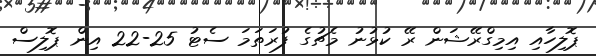
ޕޮލިހާއި އިމިގްރޭޝަން ރޭ ކުޅުނު މެޗުގެ ފުރަތަމަ ސެޓު 25-22 އިން ޕޮލިސް